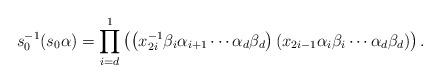
LaTeX: \begin{align*} s_0^{-1}(s_0\alpha)=\prod_{i=d}^1\left(\left(x_{2i}^{-1}\beta_i\alpha_{i+1}\cdots\alpha_d\beta_d\right) \left(x_{2i-1}\alpha_i\beta_i\cdots\alpha_d\beta_d\right)\right). \end{align*}